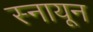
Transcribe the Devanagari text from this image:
स्नायून